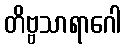
တိဗ္ဗသာရာဂေါ